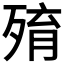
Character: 𣨧